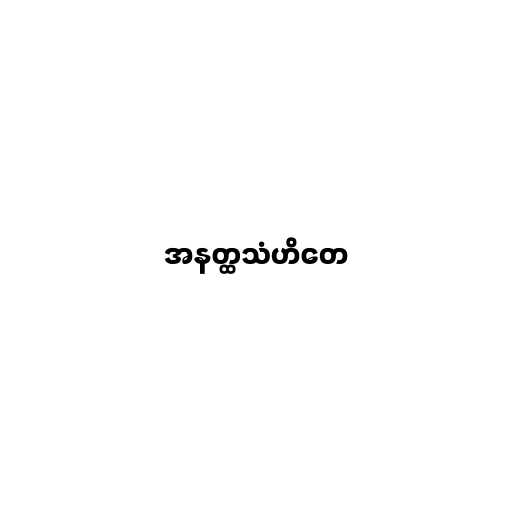
အနတ္ထသံဟိတေ